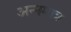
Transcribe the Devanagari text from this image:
अन्नमात्र